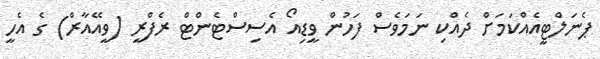
ޕެނަލްޓީއެއްކަމަށް ދެއްކި ނަމަވެސް ފަހުން ވީޑިއޯ އެސިސްޓެންޓް ރެފްރީ (ވީއޭއާރް) ގެ އެހީ